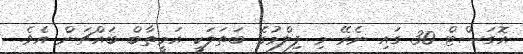
އޮގަސްޓް 30 ގައި ނެރޭ މި ފިލްމުގެ ބަތަލަކީ އަމީތާބް ބައްޗަން އެވެ.